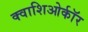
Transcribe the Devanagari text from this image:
क्वाशिओर्कॉर